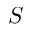
S